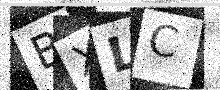
Text: BXLC